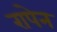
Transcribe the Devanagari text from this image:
रापेन